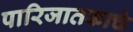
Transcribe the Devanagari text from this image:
पारिजातकाचे